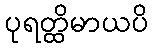
ပုရတ္ထိမာယပိ